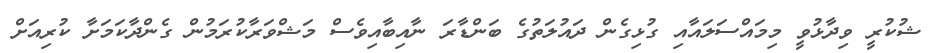
ޝުކުރީ ވިދާޅުވީ މިމައްސަލައާއި ގުޅިގެން ދައުލަތުގެ ބަންޑާރަ ނާއިބާއިވެސް މަޝްވަރާކުރަމުން ގެންދާކަމަށާ ކުރިއަށް